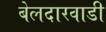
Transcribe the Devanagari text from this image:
बेलदारवाडी